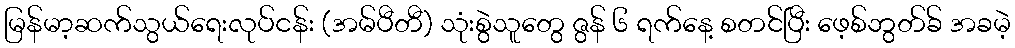
မြန်မာ့ဆက်သွယ်ရေးလုပ်ငန်း (အမ်ပီတီ) သုံးစွဲသူတွေ ဇွန် ၆ ရက်နေ့ စတင်ပြီး ဖေ့စ်ဘွတ်ခ် အခမဲ့